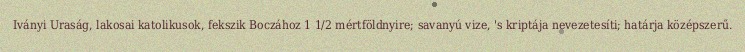
Iványi Uraság, lakosai katolikusok, fekszik Boczához 1 1/2 mértföldnyire; savanyú vize, 's kriptája nevezetesíti; határja középszerű.